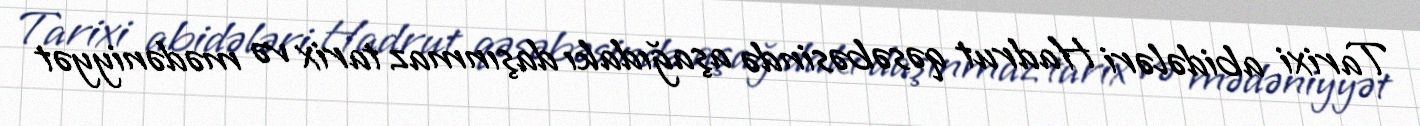
Tarixi abidələri Hadrut qəsəbəsində aşağıdakı daşınmaz tarix və mədəniyyət